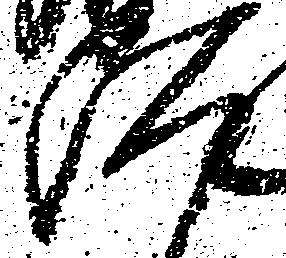
汰